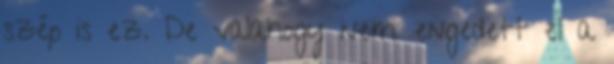
szép is ez. De valahogy nem engedett el a